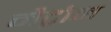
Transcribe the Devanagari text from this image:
मैट्रोन